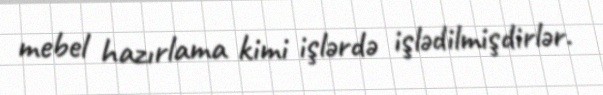
mebel hazırlama kimi işlərdə işlədilmişdirlər.